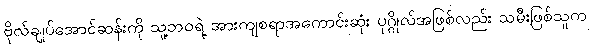
ဗိုလ်ချုပ်အောင်ဆန်းကို သူ့ဘဝရဲ့ အားကျစရာအကောင်းဆုံး ပုဂ္ဂိုလ်အဖြစ်လည်း သမီးဖြစ်သူက